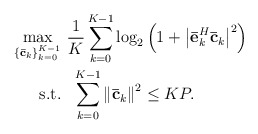
\begin{align*} \begin{aligned} \mathop {\max }\limits_{\{ {\bf{\bar c}}_k\} _{k = 0}^{K - 1} } & \ \frac{1}{K}\sum\limits_{k = 0}^{K - 1} {\log _2}\left( {1 + {{\left| {\bf{\bar e}}_k^H{{\bf{\bar c}}_k}\right|}^2}} \right) \\ {\rm{s.t.}} &\ \ \sum\limits_{k = 0}^{K - 1} {{{\left\| {{\bf{\bar c}}_k} \right\|}^2}} \le KP. \end{aligned} \end{align*}